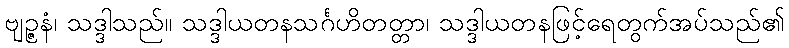
ဗျဉ္ဇနံ၊ သဒ္ဒါသည်။ သဒ္ဒါယတနသင်္ဂဟိတတ္တာ၊ သဒ္ဒါယတနဖြင့်ရေတွက်အပ်သည်၏